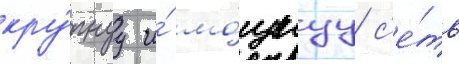
кру́пнуу и́ мо́щнуу с'е́ть